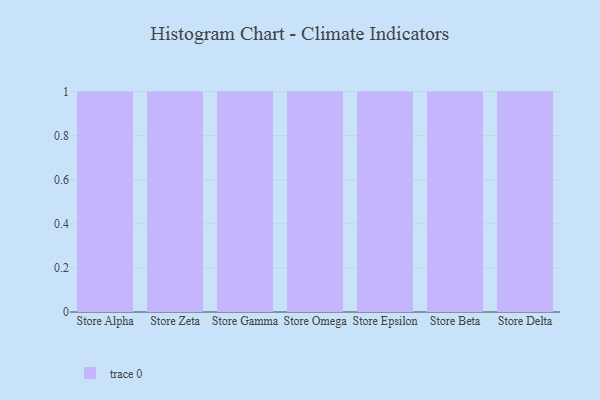
{"axis": {"x": "Store", "y": "Latency (ms)"}, "legend": [""], "data": [{"x": "Store Alpha", "y": 29, "type": ""}, {"x": "Store Zeta", "y": 92, "type": ""}, {"x": "Store Gamma", "y": 16, "type": ""}, {"x": "Store Omega", "y": 87, "type": ""}, {"x": "Store Epsilon", "y": 60, "type": ""}, {"x": "Store Beta", "y": 50, "type": ""}, {"x": "Store Delta", "y": 18, "type": ""}]}